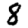
Digit: 8